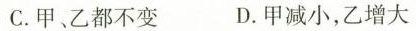
C.甲、乙都不变 D.甲减小，乙增大